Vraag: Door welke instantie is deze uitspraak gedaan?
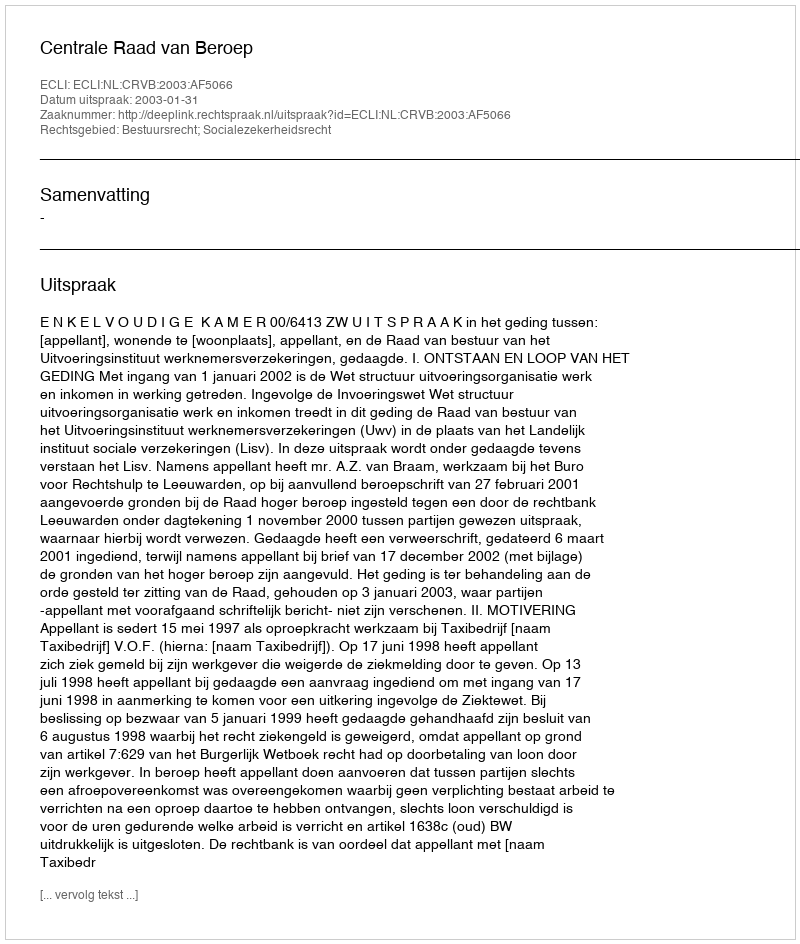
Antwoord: Centrale Raad van Beroep